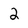
Character: 2